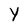
Character: Y